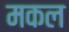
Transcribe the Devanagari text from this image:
मकल